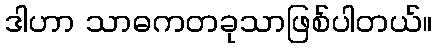
ဒါဟာ သာဓကတခုသာဖြစ်ပါတယ်။